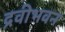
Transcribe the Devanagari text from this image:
द्रवीभवन